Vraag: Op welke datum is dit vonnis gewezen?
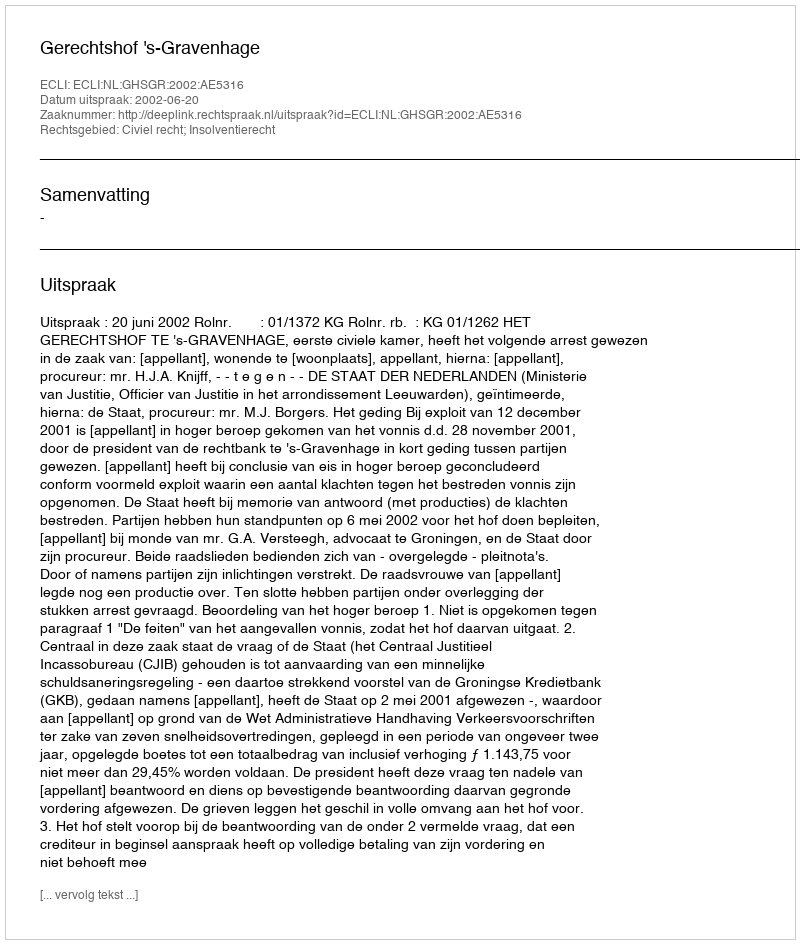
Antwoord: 2002-06-20